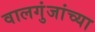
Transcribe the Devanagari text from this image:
वालगुंजांच्या